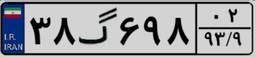
۳۹گ۰۳۶۱۳